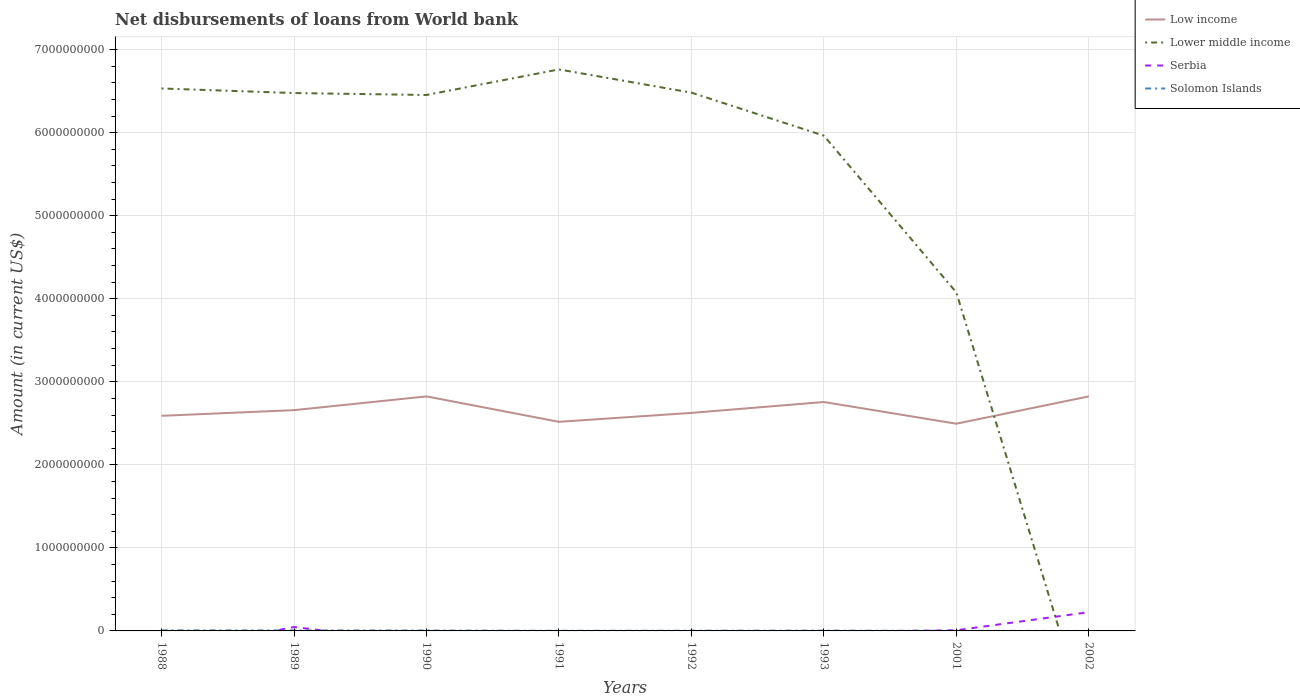
| Years | Low income | Lower middle income | Serbia | Solomon Islands |
 | --- | --- | --- | --- | --- |
 | 1988 | 2.59e+09 | 6.53e+09 | -2.66e+08 | 7.18e+06 |
 | 1989 | 2.66e+09 | 6.48e+09 | 4.69e+07 | 6.07e+06 |
 | 1990 | 2.82e+09 | 6.45e+09 | -1.45e+08 | 4.68e+06 |
 | 1991 | 2.52e+09 | 6.76e+09 | -3.29e+08 | 1.68e+06 |
 | 1992 | 2.63e+09 | 6.48e+09 | -1.01e+08 | 2.63e+06 |
 | 1993 | 2.76e+09 | 5.96e+09 | -1.24e+07 | 3.58e+06 |
 | 2001 | 2.5e+09 | 4.08e+09 | 7.92e+06 | 9.77e+05 |
 | 2002 | 2.82e+09 | -1.15e+09 | 2.26e+08 | -5.3e+04 |